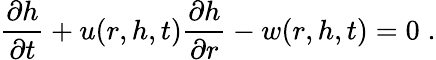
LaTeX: \frac{\partial h}{\partial t}+u(r,h,t)\frac{\partial h}{\partial r}-w(r,h,t)=0\; .